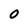
Character: 0